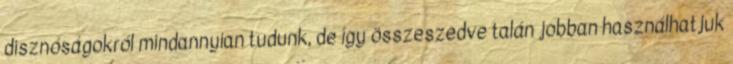
disznóságokról mindannyian tudunk, de így összeszedve talán jobban használhatjuk